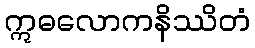
ဣဓလောကနိဿိတံ